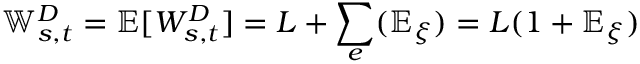
\mathbb { W } _ { s , t } ^ { D } = \mathbb { E } [ W _ { s , t } ^ { D } ] = L + \sum _ { e } ( \mathbb { E } _ { \xi } ) = L ( 1 + \mathbb { E } _ { \xi } )